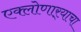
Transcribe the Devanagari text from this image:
एक्लोणार्‍याचा